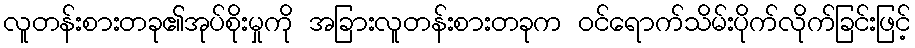
လူတန်းစားတခု၏အုပ်စိုးမှုကို အခြားလူတန်းစားတခုက ဝင်ရောက်သိမ်းပိုက်လိုက်ခြင်းဖြင့်